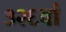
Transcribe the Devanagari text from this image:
३२६वां